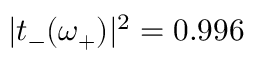
| t _ { - } ( \omega _ { + } ) | ^ { 2 } = 0 . 9 9 6